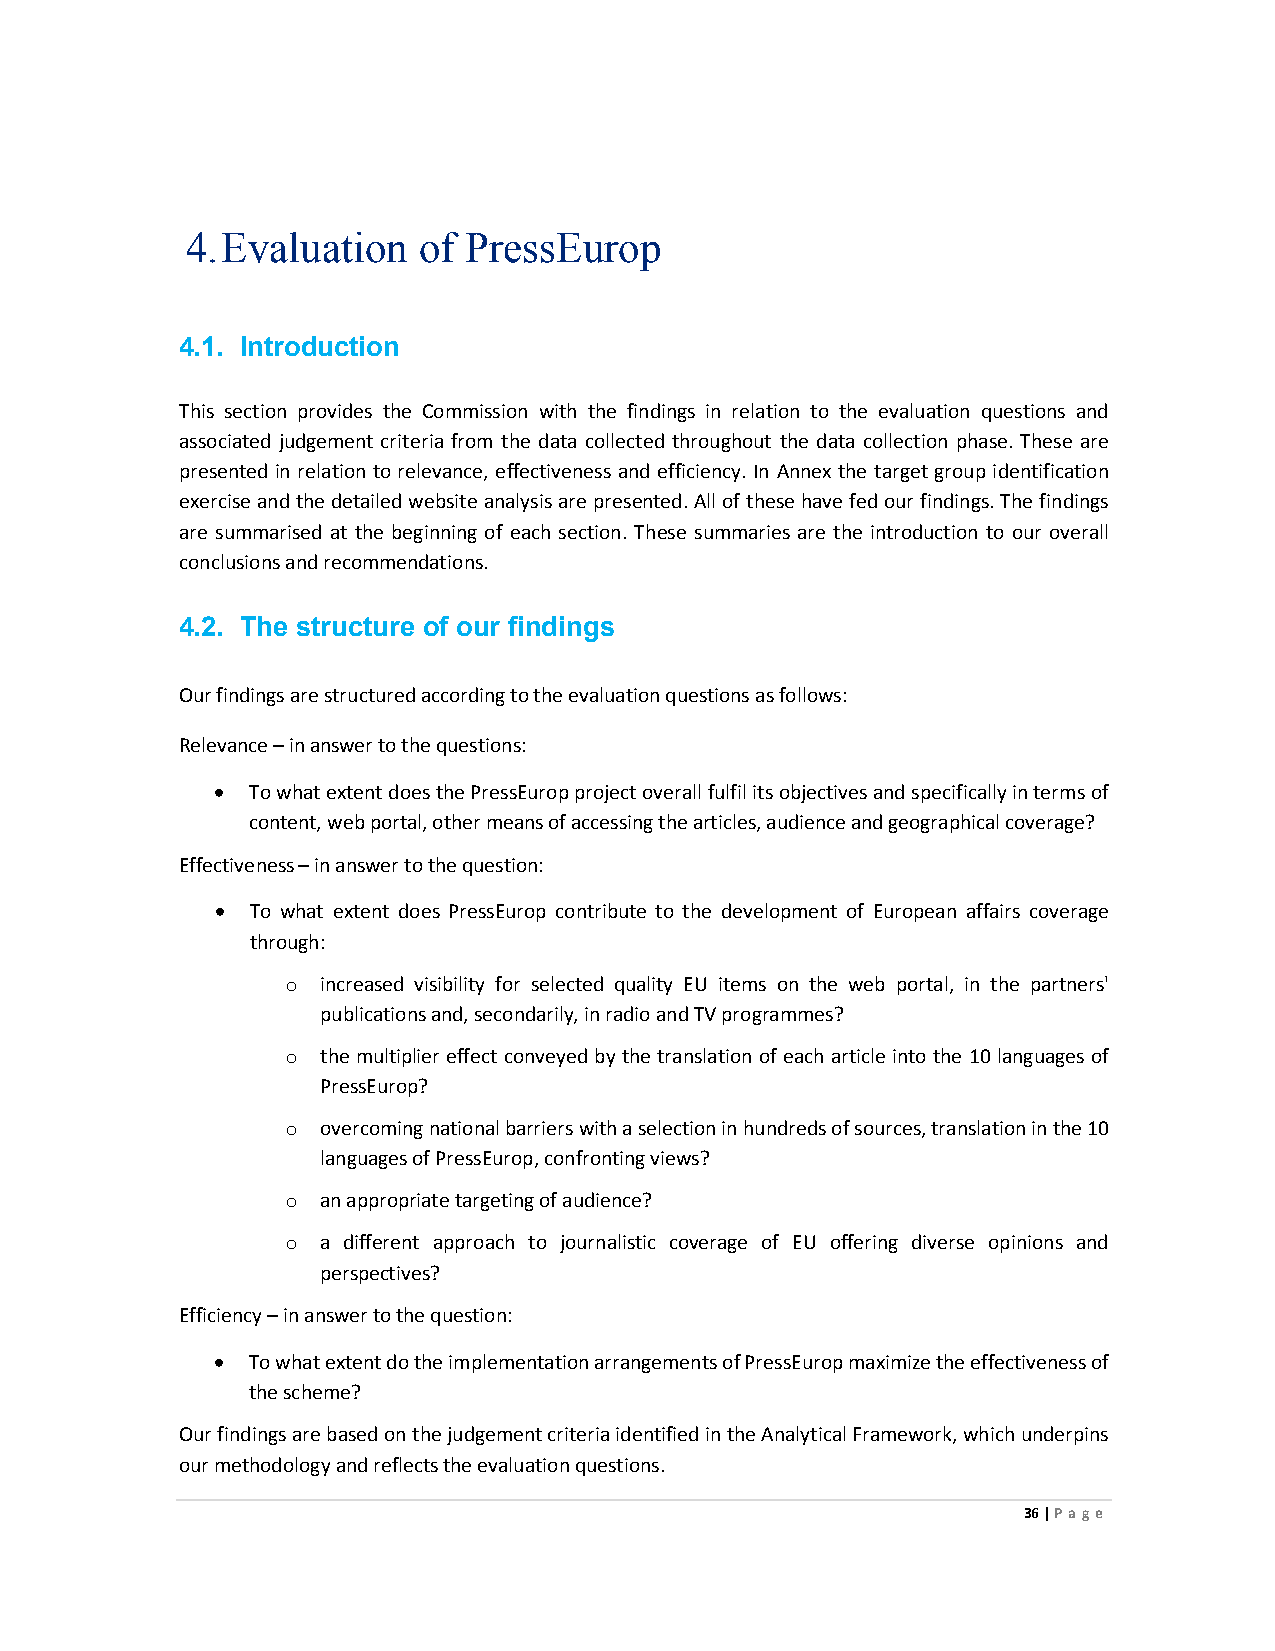
4. Evaluation   of PressEurop
 4.1. Introduction
 This section provides the Commission with the findings in relation to the evaluation questions and
 associated judgement criteria from the data collected throughout the data collection phase. These are
 presented in relation to relevance, effectiveness and efficiency. In Annex the target group identification
 exercise and the detailed website analysis are presented. All of these have fed our findings. The findings
 are summarised at the beginning of each section. These summaries are the introduction to our overall
 conclusions and recommendations.
 4.2. The structure of our findings
 Our findings are structured according to the evaluation questions as follows:
 Relevance – in answer to the questions:
 • To what extent does the PressEurop project overall fulfil its objectives and specifically in terms of
 content, web portal, other means of accessing the articles, audience and geographical coverage?
 Effectiveness – in answer to the question:
 •  To what extent does PressEurop contribute to the development of European affairs coverage
 through:
 o increased visibility for selected quality EU items on the web portal, in the partners'
 publications and, secondarily, in radio and TV programmes?
 o the multiplier effect conveyed by the translation of each article into the 10 languages of
 PressEurop?
 o overcoming national barriers with a selection in hundreds of sources, translation in the 10
 languages of PressEurop, confronting views?
 o an appropriate targeting of audience?
 o a different approach to journalistic coverage of EU offering diverse opinions and
 perspectives?
 Efficiency – in answer to the question:
 • To what extent do the implementation arrangements of PressEurop maximize the effectiveness of
 the scheme?
 Our findings are based on the judgement criteria identified in the Analytical Framework, which underpins
 our methodology and reflects the evaluation questions.
 36 | Page